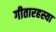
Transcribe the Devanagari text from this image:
गीतारहस्या